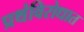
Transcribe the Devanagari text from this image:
प्रथंविरोधात